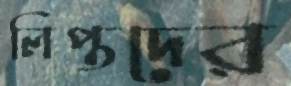
লিপ্তদের